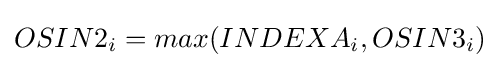
OSIN2_{i}=max(INDEXA_{i},OSIN3_{i})